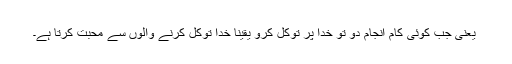
‌ یعنی جب کوئی کام انجام دو تو خدا پر توکل کرو یقینا خدا توکل کرنے والوں سے محبت کرتا ہے۔